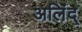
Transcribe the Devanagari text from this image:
अलिंद्